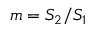
m = S _ { 2 } / S _ { 1 }